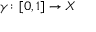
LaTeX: \gamma \colon [ 0 , 1 ] \to X